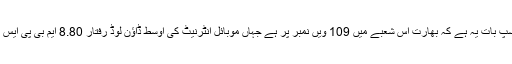
دلچسپ بات یہ ہے کہ بھارت اس شعبے میں 109 ویں نمبر پر ہے جہاں موبائل انٹرنیٹ کی اوسط ڈاؤن لوڈ رفتار 8.80 ایم بی پی ایس ہے۔